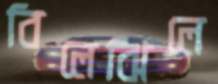
বিলেঝিলে